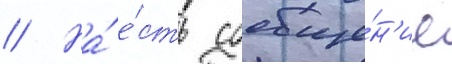
// На́ е́сть сообще́н'ие